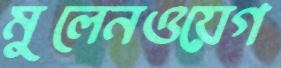
মুলেনওয়েগ